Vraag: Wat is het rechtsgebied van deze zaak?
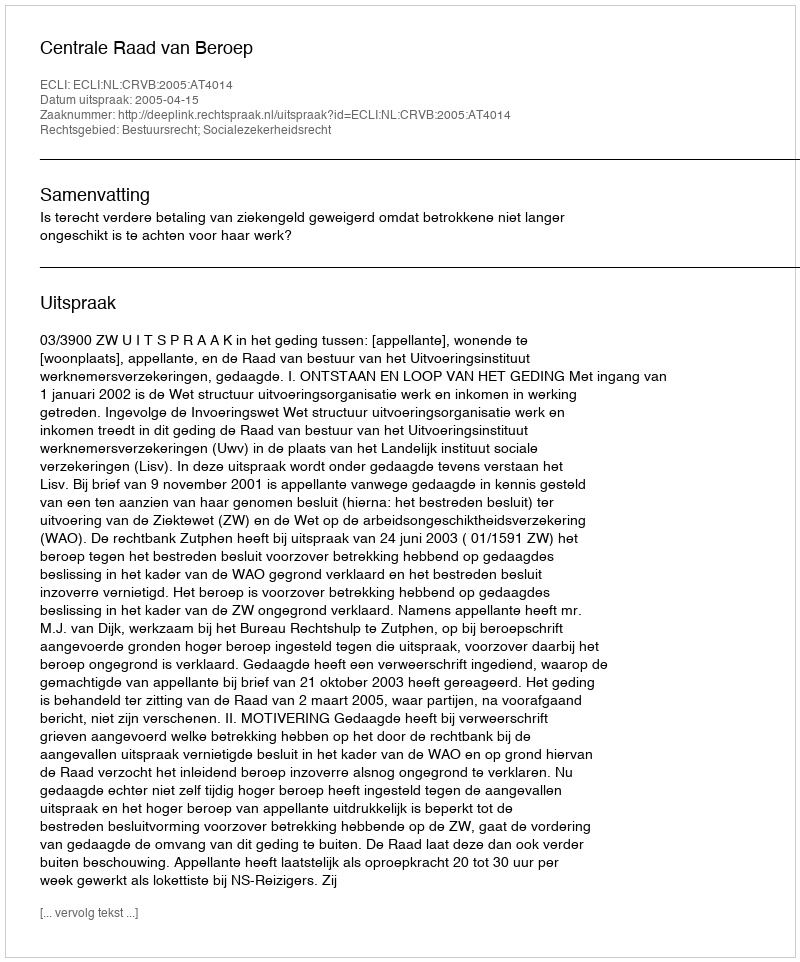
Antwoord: Bestuursrecht; Socialezekerheidsrecht